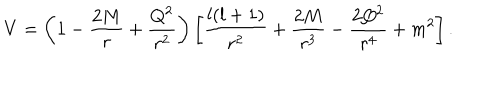
V = \left( 1 - \frac { 2 M } { r } + \frac { Q ^ { 2 } } { r ^ { 2 } } \right) \left[ \frac { l ( l + 1 ) } { r ^ { 2 } } + \frac { 2 M } { r ^ { 3 } } - \frac { 2 Q ^ { 2 } } { r ^ { 4 } } + m ^ { 2 } \right] .